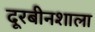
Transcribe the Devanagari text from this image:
दूरबीनशाला